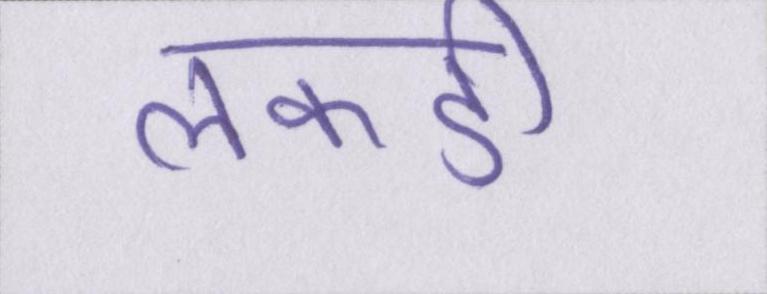
लकडी